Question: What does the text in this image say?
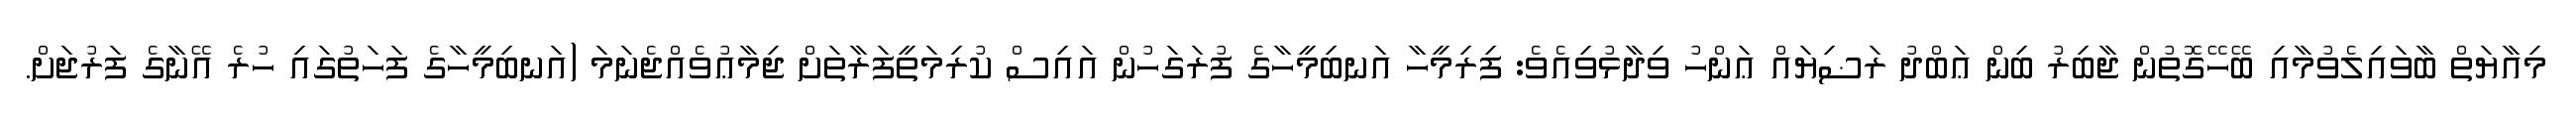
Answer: މިއާޔަތް ބާވައިލެވުމާއި ބޭހޭގޮތުން ޖާބިރު ބިން ޢަބްދު ރަޟިޔައް ޢަންހު ވިދާޅުވިއެވެ: ފިރިމީހާ އަނބިމީހާގެ ފުރަގަހުން އައިސް ކުރިމަތީފަރާތަށް ޖިމާޢުވެއްޖެނަމަ (އަނބިމީހާގެ ފަހަތުގައި ހުރެ އޭނާގެ ފަރުޖަށް.